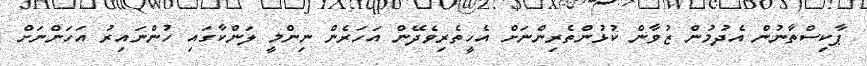
ޕާކިސްތާނުން އެދުމުން ޒުވާން ކުޅުންތެރިންނަށް އެހީތެރިވެދޭން އަހަރެން ނިންމީ ލަންކާގައި ހުންނައިރު އަހަންނަށް